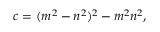
c = ( m ^ { 2 } - n ^ { 2 } ) ^ { 2 } - m ^ { 2 } n ^ { 2 } ,